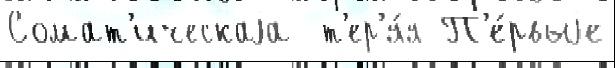
Сомат'ическаjа  т'ер'я́я П'е́рвыjе